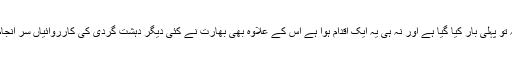
یہ اقدام نہ تو پہلی بار کیا گیا ہے اور نہ ہی یہ ایک اقدام ہوا ہے اس کے علاوہ بھی بھارت نے کئی دیگر دہشت گردی کی کارروائیاں سر انجام دی ہیں۔